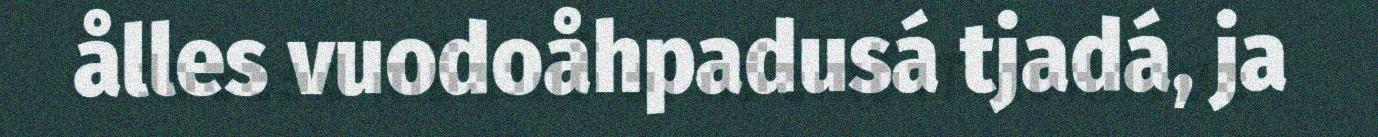
ålles vuodoåhpadusá tjadá, ja